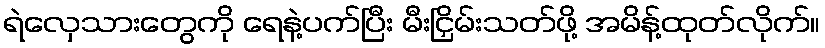
ရဲလှေသားတွေကို ရေနဲ့ပက်ပြီး မီးငြှိမ်းသတ်ဖို့ အမိန့်ထုတ်လိုက်။